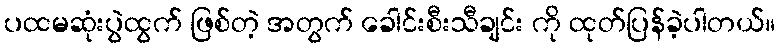
ပထမဆုံးပွဲထွက် ဖြစ်တဲ့ အတွက် ခေါင်းစီးသီချင်း ကို ထုတ်ပြန်ခဲ့ပါတယ်။